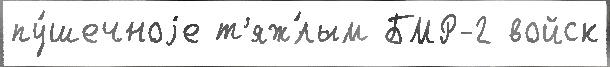
пу́шечноjе т'яж́лым БМР-2 войск